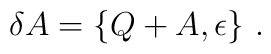
\delta A=\{Q+A,\epsilon\}~.